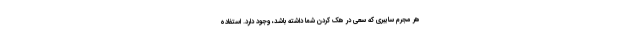
هر مجرم سایبری که سعی در هک کردن شما داشته باشد، وجود دارد. استفاده